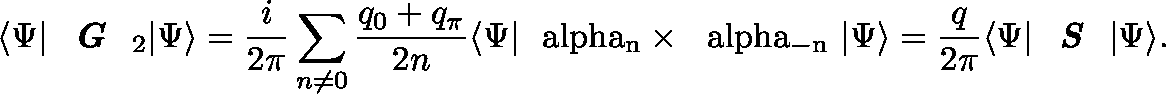
\langle \Psi | \textit { \textbf { G } } _ { 2 } | \Psi \rangle = \frac { i } { 2 \pi } \sum _ { n \neq 0 } \frac { q _ { 0 } + q _ { \pi } } { 2 n } \langle \Psi | \mathrm { \boldmath ~ \ a l p h a _ { n } \times ~ \ a l p h a _ { - n } ~ } | \Psi \rangle = \frac { q } { 2 \pi } \langle \Psi | \textit { \textbf { S } } | \Psi \rangle .